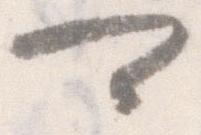
可